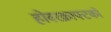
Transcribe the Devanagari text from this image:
होवरक्राफ्टको